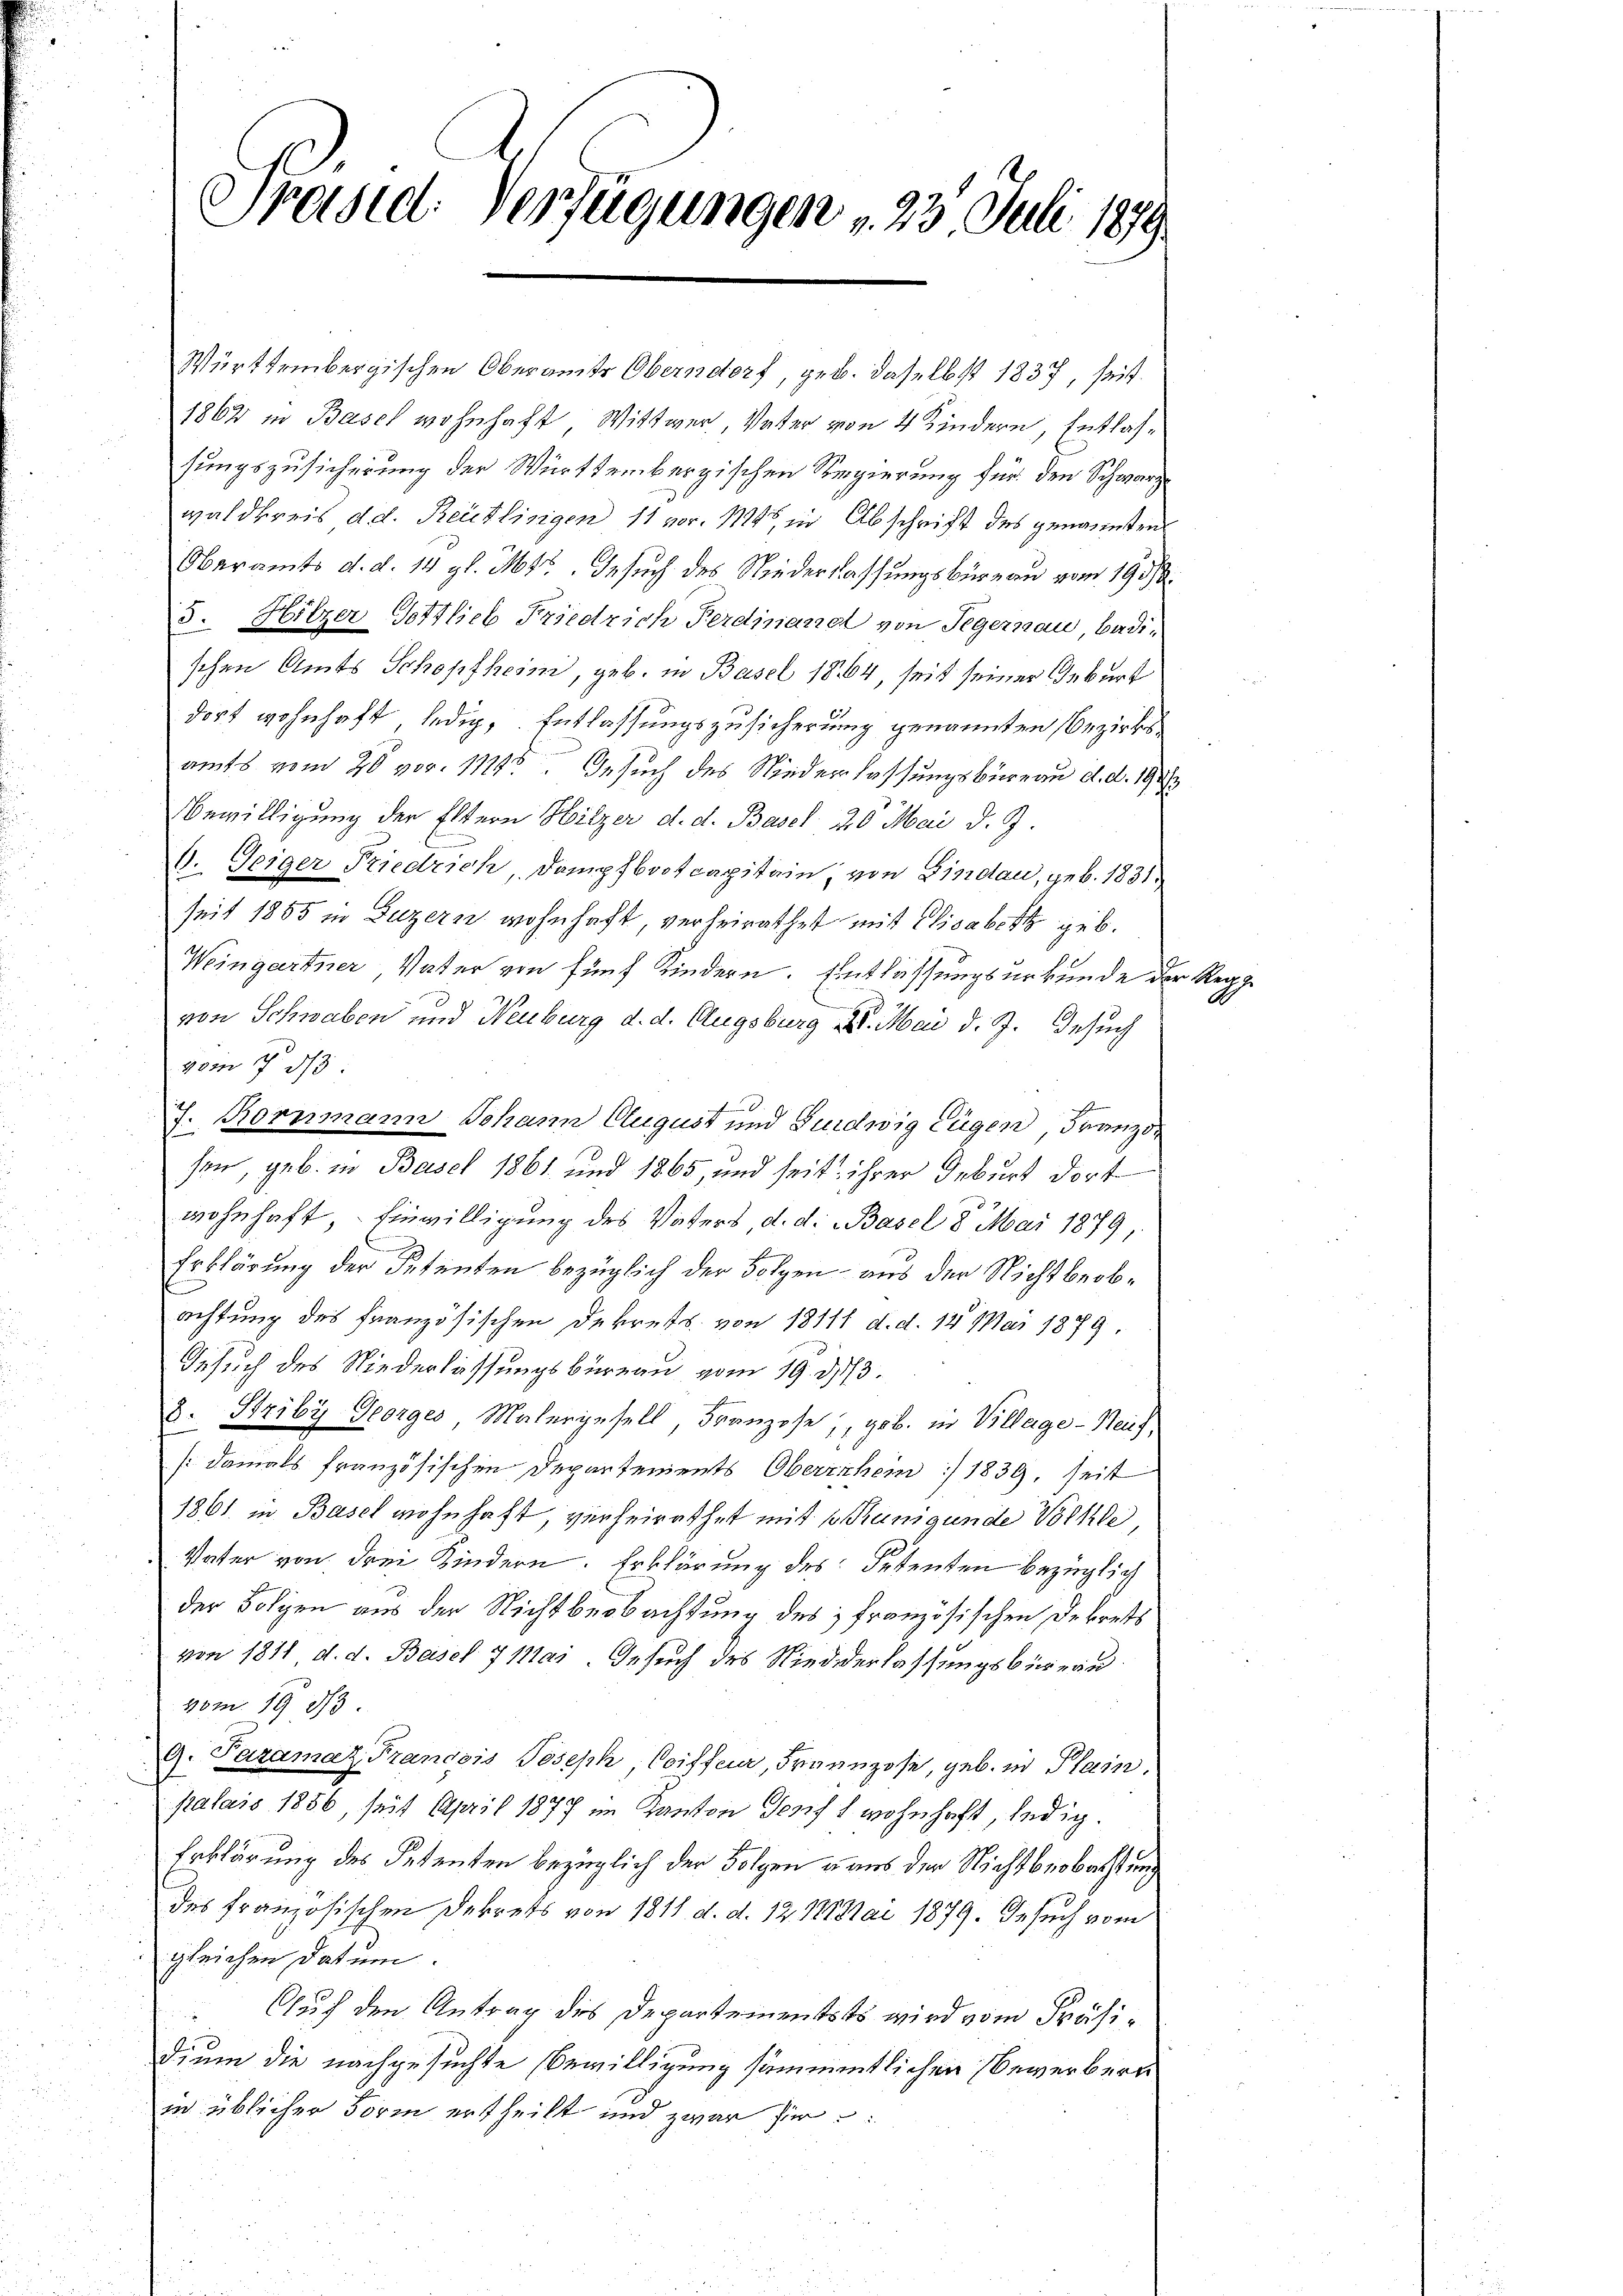
Präsidl Verfügungen , 23. Juli 189

Württembergischen Oberamte Oberndorf, geb. daselbst 1837, seit¬
1862 in Basel wohnhaft Wittwer, Vater von 4 Kindern, Entlassungszusicherung der Württembergischen Regierung für den Schwarz
waldkreis d.d. Reutlingen 11 vor. 11448, in Abschrift des genannten
Oberamts d. d. 14 gl. Mts. Gesuch des Niederlassungsbüreau vom 19 1/2.
3. Hitzer Gottlieb Friedrich Ferdinanal von Segernau, Badischen Amts Schopfhein, geb. in Basel 1864, seit seiner Geburt
dort wohnhaft ledig, Entlassungszusicherung genannten Bezirksamts vom 20 vor. 1114. Gesuch des Niederlassungsbüreau d. d. 191
Bewilligung der Eltern Hitzer d. d. Basel 20 Mai d. J.
0. Teiger Friedrich, Dampfbootcapitain, von Lindau, geb. 1831.
seit 1855 in Luzern wohnhaft, verheirathet mit Elisabett geb.
Weingartner Vater von fünf Kindern. Entlassungsurkunde der b
men
70
von Schnaben und Neuburg d. d. Augsburg u. Mai d. J. Gesuch
vom 13
7. Kornmann Johann Cugust und Guidwig Eugen, Französen, geb. in Basel 1861 und 1865, und seit ihrer Deburt dort
wohnhaft, Einwilligung des Vaters, d. d. Basel 8 Mai 1879,
Erklärung der Petenten bezüglich der Folgen aus der Nichtbeobachtung des französischen Dekrets. von 18111 d. d. 12 Mai 1879.
Gesuch des Niederlassungsbureau vom 19. d. 3.
8. Briby Georges Malergesell Franzose, geb. in Village-Reich,
[damals französischen Departements Oberischein :/ 1839, seit
1861 in Basel wohnhaft, verheirathet mit 1 Kunigunde Volke
Vater von drei Kindern. Erklärung des Petenten bezüglich
der Folgen aus der Nichtbeobachtung des französischen Dekrets
von 1811 d. d. Basel 7 Mai. Gesuch des Niederlassungsbüreau
4m. 19 33
9. Pazamaz Francois Joseph Coiffer, Franzose, geb. in Plain.
palais 1856, seit April 1877 im Kanton Joseft wohnhaft, ledig¬
Erklärung des Petenten bezüglich der Folgen aus der Nichtbeobachtung
des französischen Dekrets von 1811. d. d. 12. 111 Mai 1879. Gesuch vom
gleichen Datum.
Ouch den Antrag des Departementsts wird vom Präsidium die nachgesuchte Bewilligung sämmtlichen Gewerbern
in üblicher Form ertheilt und zwar hie

u